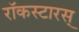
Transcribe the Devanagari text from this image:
रॉकस्टारस्